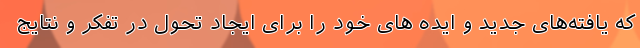
که یافته‌های جدید و ایده ­های خود را برای ایجاد تحول در تفکر و نتایج